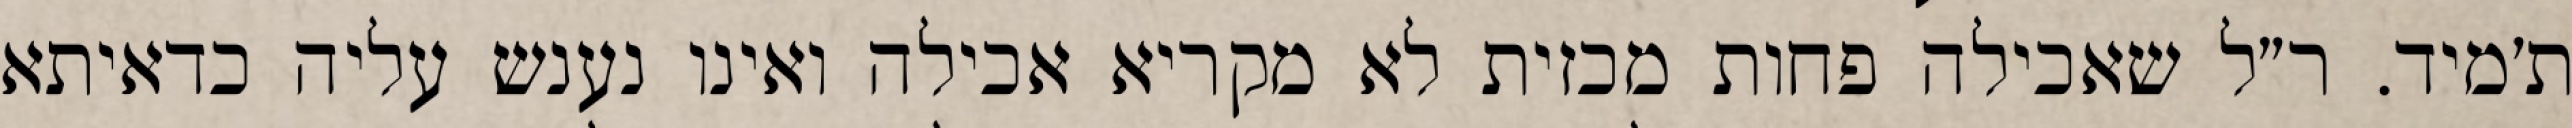
ת׳מיד. ר״ל שאכילה פחות מכזית לא מקריא אכילה ואינו נענש עליה כדאיתא